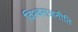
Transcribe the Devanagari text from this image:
विश्वराजनीति